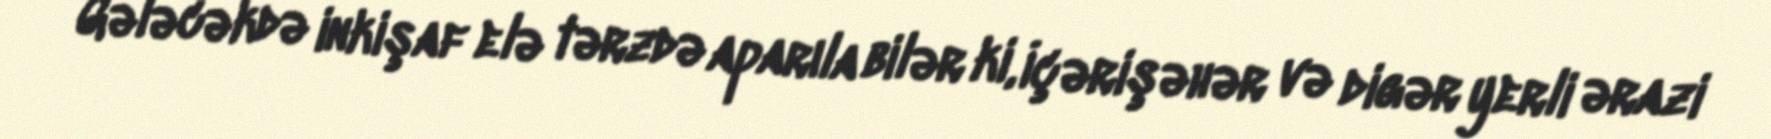
Gələcəkdə inkişaf elə tərzdə aparıla bilər ki, İçərişəhər və digər yerli ərazi